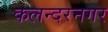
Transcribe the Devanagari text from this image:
कलन्दरनगर